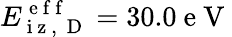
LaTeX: E_{\mathrm{~i~z~,~}\mathrm{~D~}}^{\mathrm{~e~f~f~}}=30.0\mathrm{~e~V~}